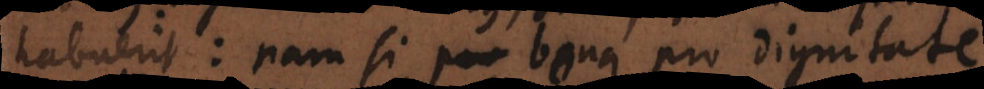
habuerit: nam si bona pro dignitate